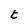
Character: t